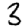
Digit: 3